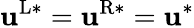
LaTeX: \mathbf{u}^{\mathrm{{L}}*}=\mathbf{u}^{\mathrm{{R}}*}=\mathbf{u}^{*}